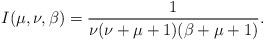
LaTeX: \begin{align*}I(\mu,\nu,\beta)=\frac{1}{\nu(\nu+\mu+1)(\beta+\mu+1)}.\end{align*}